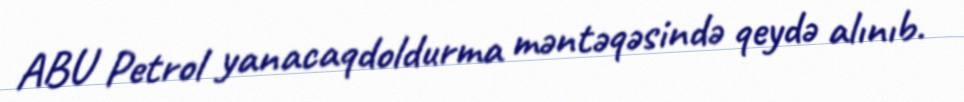
ABU Petrol yanacaqdoldurma məntəqəsində qeydə alınıb.